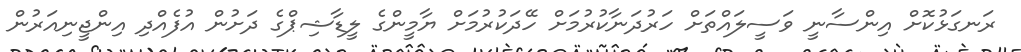
ރަނގަޅުކޮށް އިންސާނީ ވަސީލައްތަށް ހަރުދަނާކުރުމަށް ހޭދަކުރުމަށް ޔާމީންގެ ލީޑާޝިޕްގެ ދަށުން އުފެއްދި އިންޖީނިއަރުން